Bréfritari: Sigríður Pálsdóttir
Viðtakandi: Páll Pálsson
Dagsetning: A-1856-05-19
Skrifað á: Hraungerði  Árn.
Páll var bróðir Sigríðar

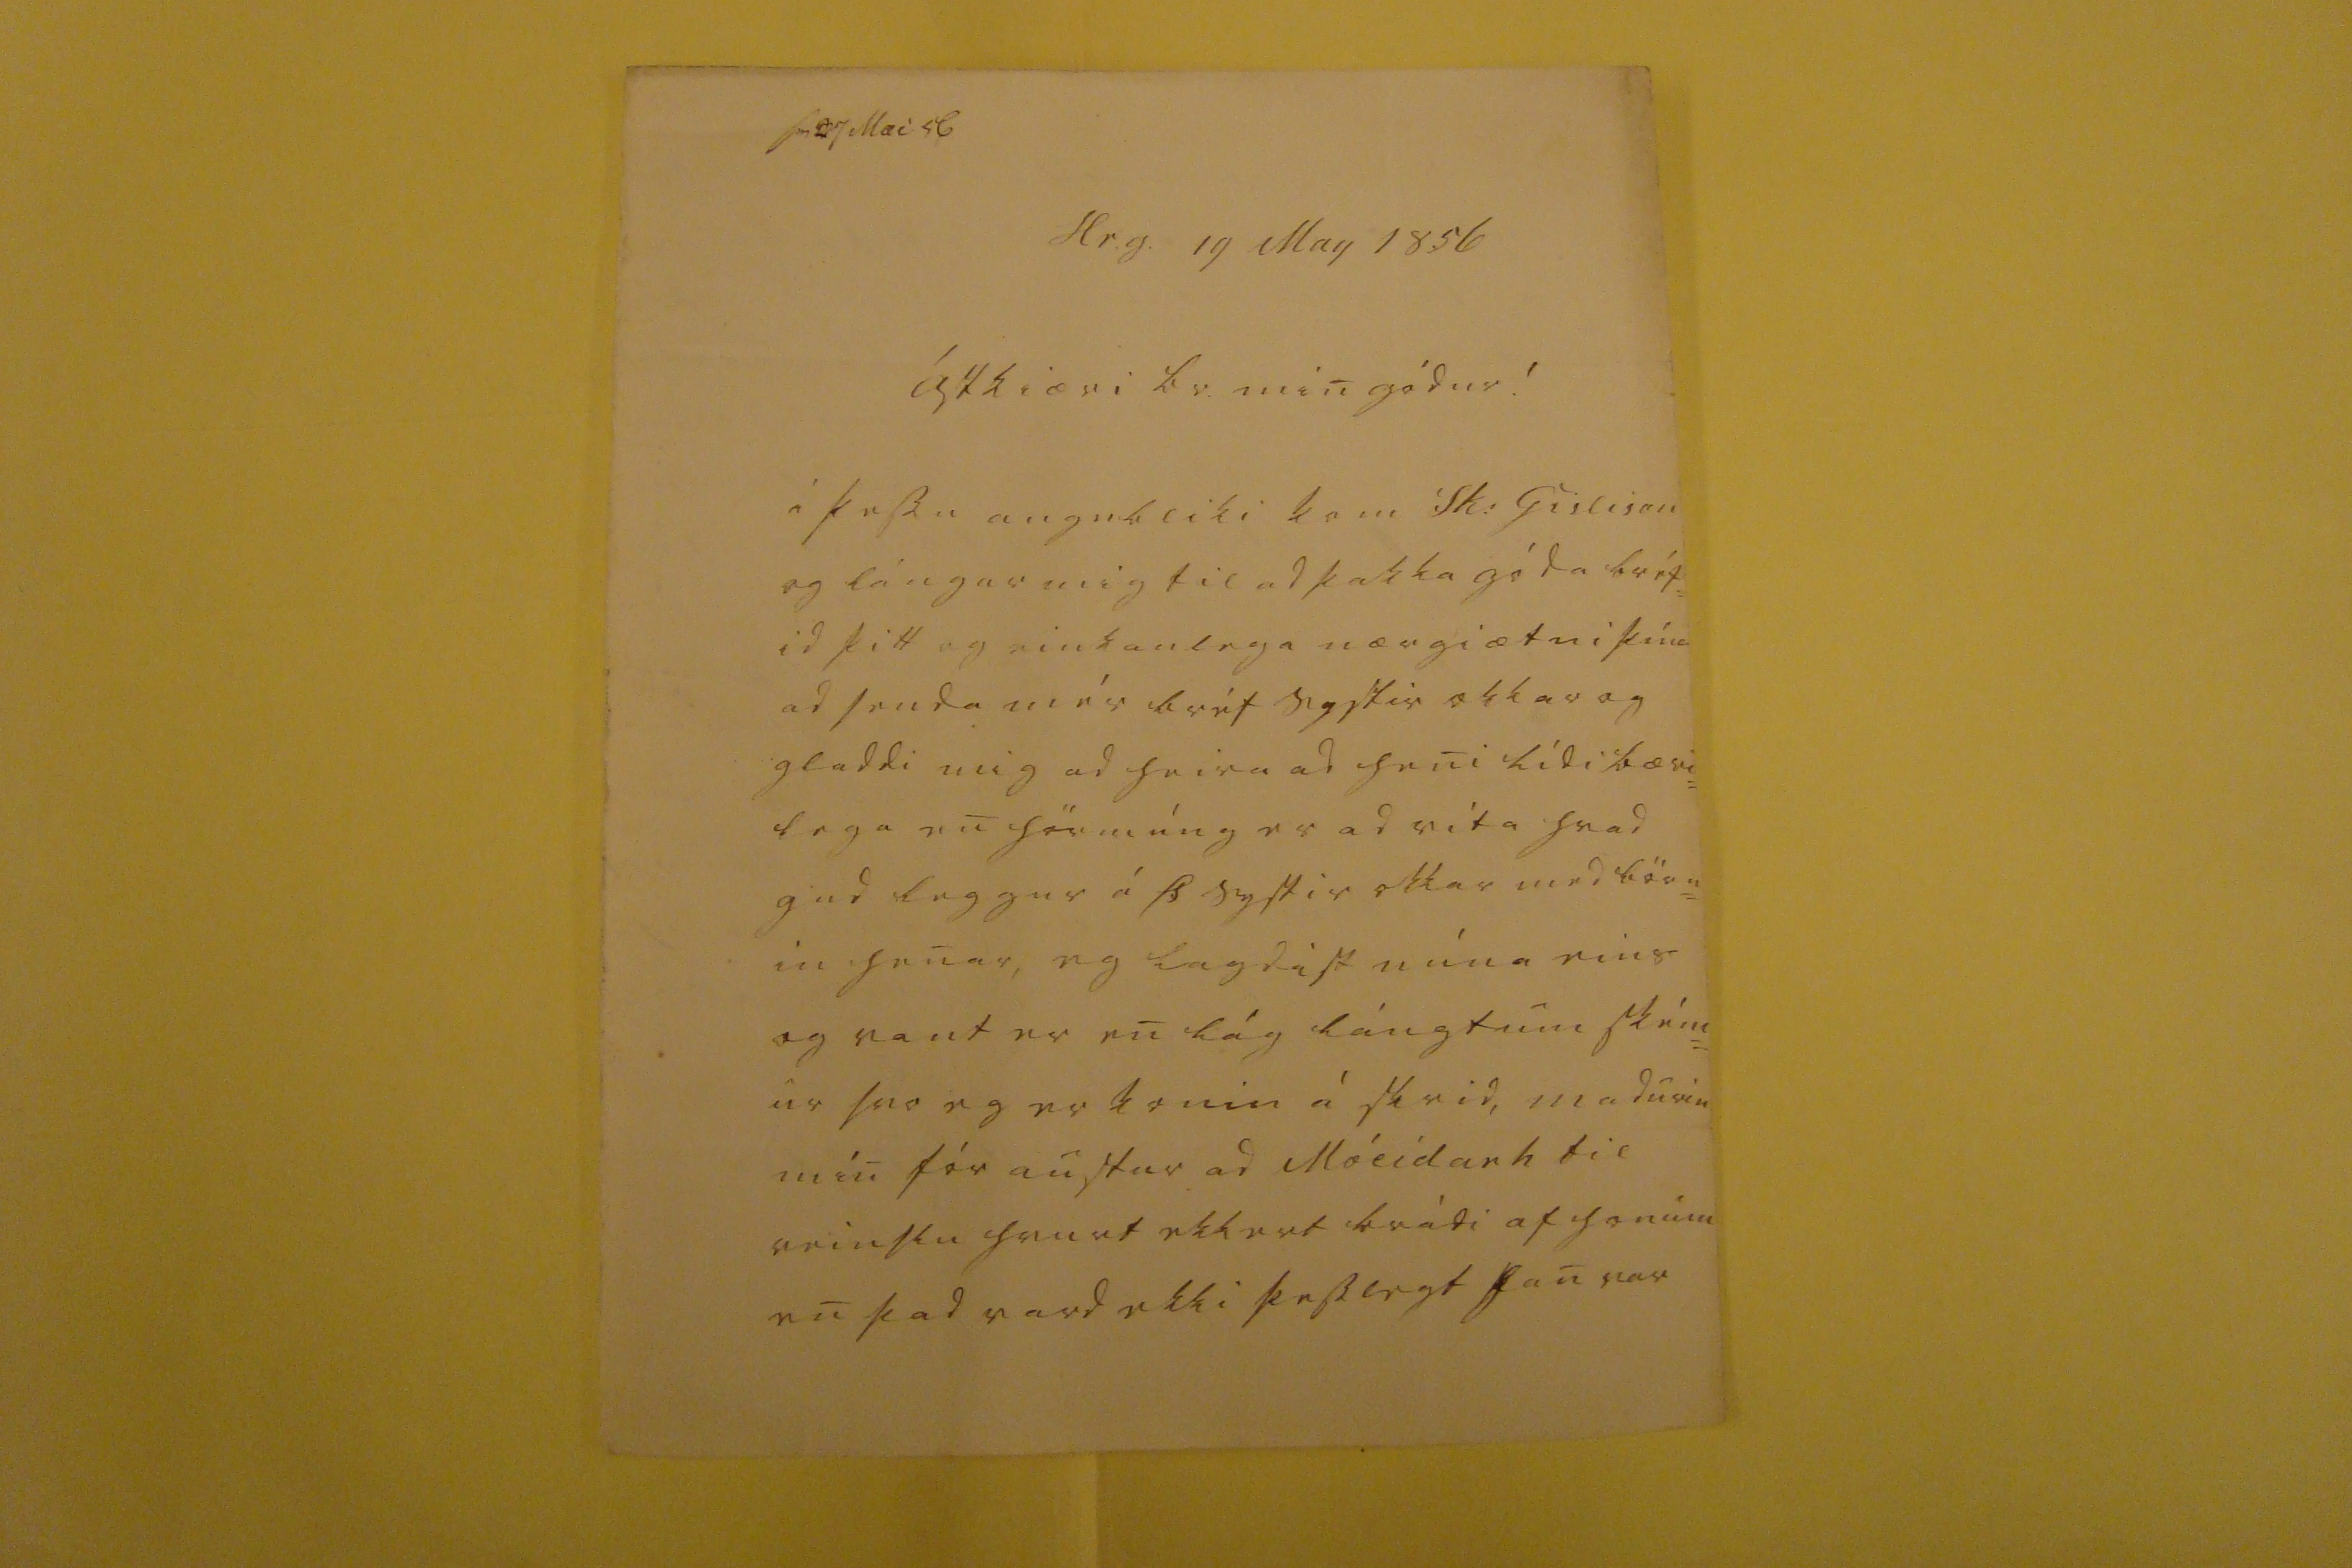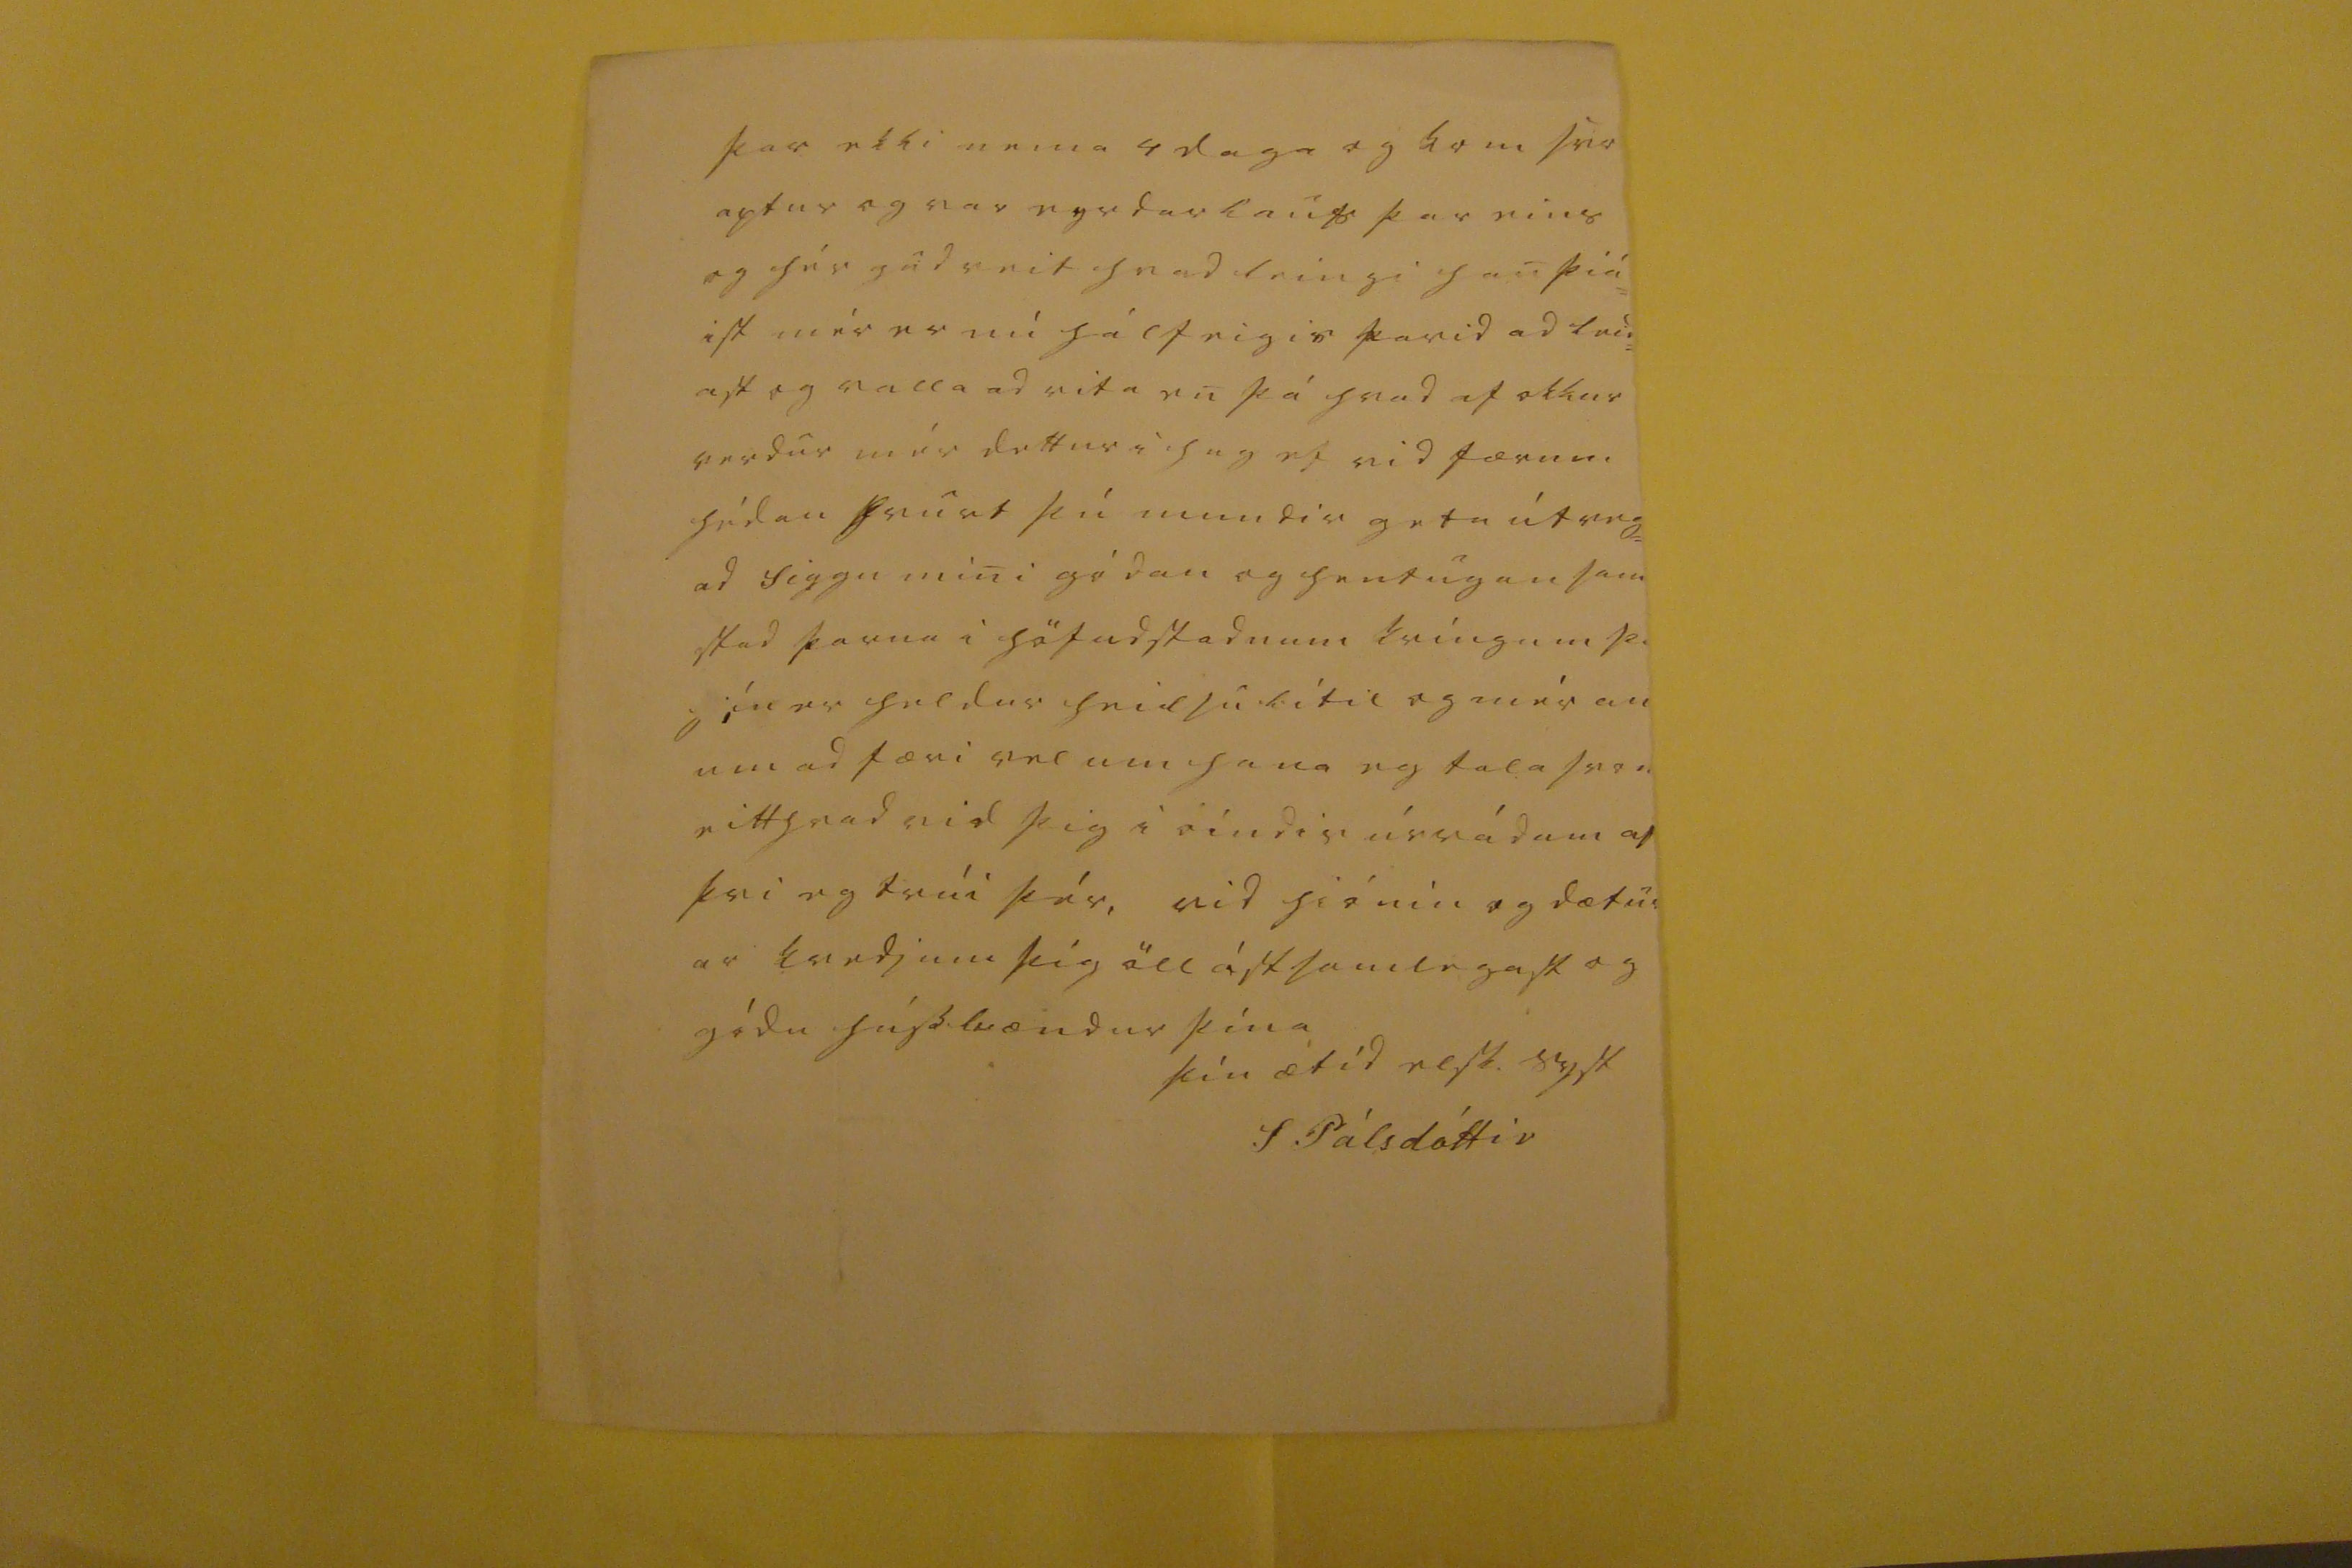

sv 27 Mai 56
Hr.g. 19 May 1856
Ástkiæri br. min gódur !
á þessu aug
n
bliki kom Sk: Gislison og lángar til ad þakka góda bréf= id þitt og einkanlega nærgiætni þína ad senda mér bréf systir okkar og gladdi mig ad heira ad heni lídi bæri= lega en hörmúng er ad vita hvad gud leggur á Þ systir okkar med börn= in henar, eg lagdist núna eins og vant er en lág lángtum ském= ur svo eg er komin á skrid, madurin min fór austur ad Móeidarh til veinslu hvurt ekkert kvádi af honum en þad vard ekki þesslegt han var
þar ekki nema 4 daga og kom hér aptur og var eyrdarlau
s
þar eins og hér gud veit hvad leingi han þiá= ist mér er nú hálfeigis farid ad leid= ast og valla ad vita en þá hvad af okkur verur mér dettur i hug ef vid færum hédan hvurt þú mundir geta útveg= ad Siggu mini gódan og hentugan sam stad þarna i höfudstadnum kringum þ.
h0n
er heldur heilsu lítil og mér
an
um ad færi vel um hana eg tala svo eitthvad vid þig i
00ndir
úrrádum af þvi eg trúi þér, vid hiónin og dætur ar kvedjum þig öll ástsamlegast og gódu hússbændur þína
þin ætíd elsk. syst
S Pálsdóttir